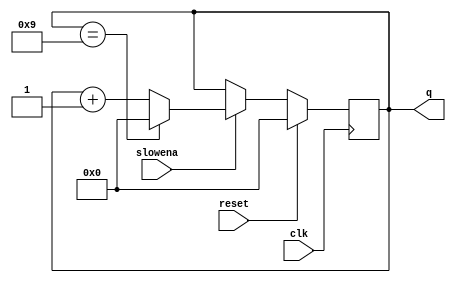
module top_module (
    input clk,
    input slowena,
    input reset,
    output [3:0] q);
    always@(posedge clk)
        begin
            if(reset)
                q<=4'd0;
            else if(slowena)
                begin
                    if(q==4'd9)
                        q<=4'd0;
                    else
                        q<=q+4'd1;
                end
        end
endmodule